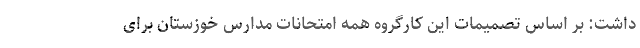
داشت: بر اساس تصمیمات این کارگروه همه امتحانات مدارس خوزستان برای